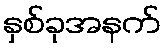
နှစ်ခုအနက်